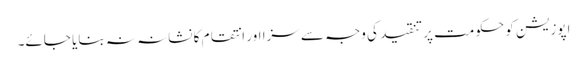
اپوزیشن کو حکومت پر تنقید کی وجہ سے سزا اور انتقام کا نشانہ نہ بنایا جائے۔